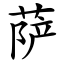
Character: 萨